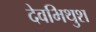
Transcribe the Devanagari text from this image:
देवभिथुश